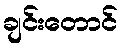
ချင်းတောင်